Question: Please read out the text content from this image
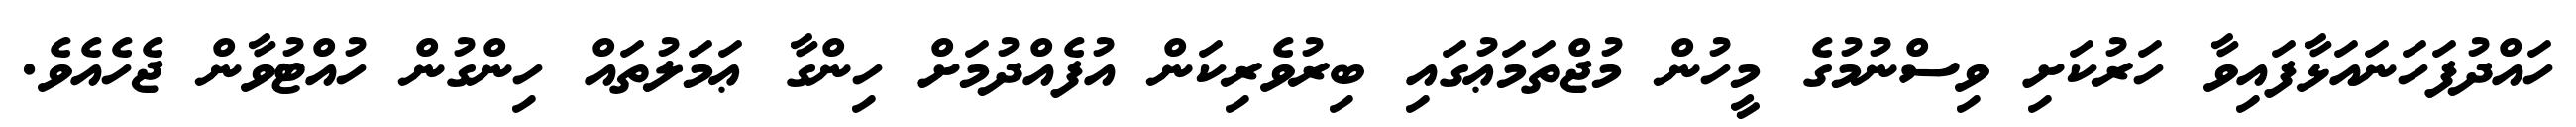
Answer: ހައްދުފަހަނައަޅާފައިވާ ހަރުކަށި ވިސްނުމުގެ މީހުން މުޖްތަމަޢުގައި ބިރުވެރިކަން އުފެއްދުމަށް ހިންގާ ޢަމަލުތައް ހިންގުން ހުއްޓުވާން ޖެހެއެވެ.